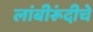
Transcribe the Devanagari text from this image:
लांबीरूंदीचे